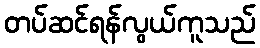
တပ်ဆင်ရန်လွယ်ကူသည်